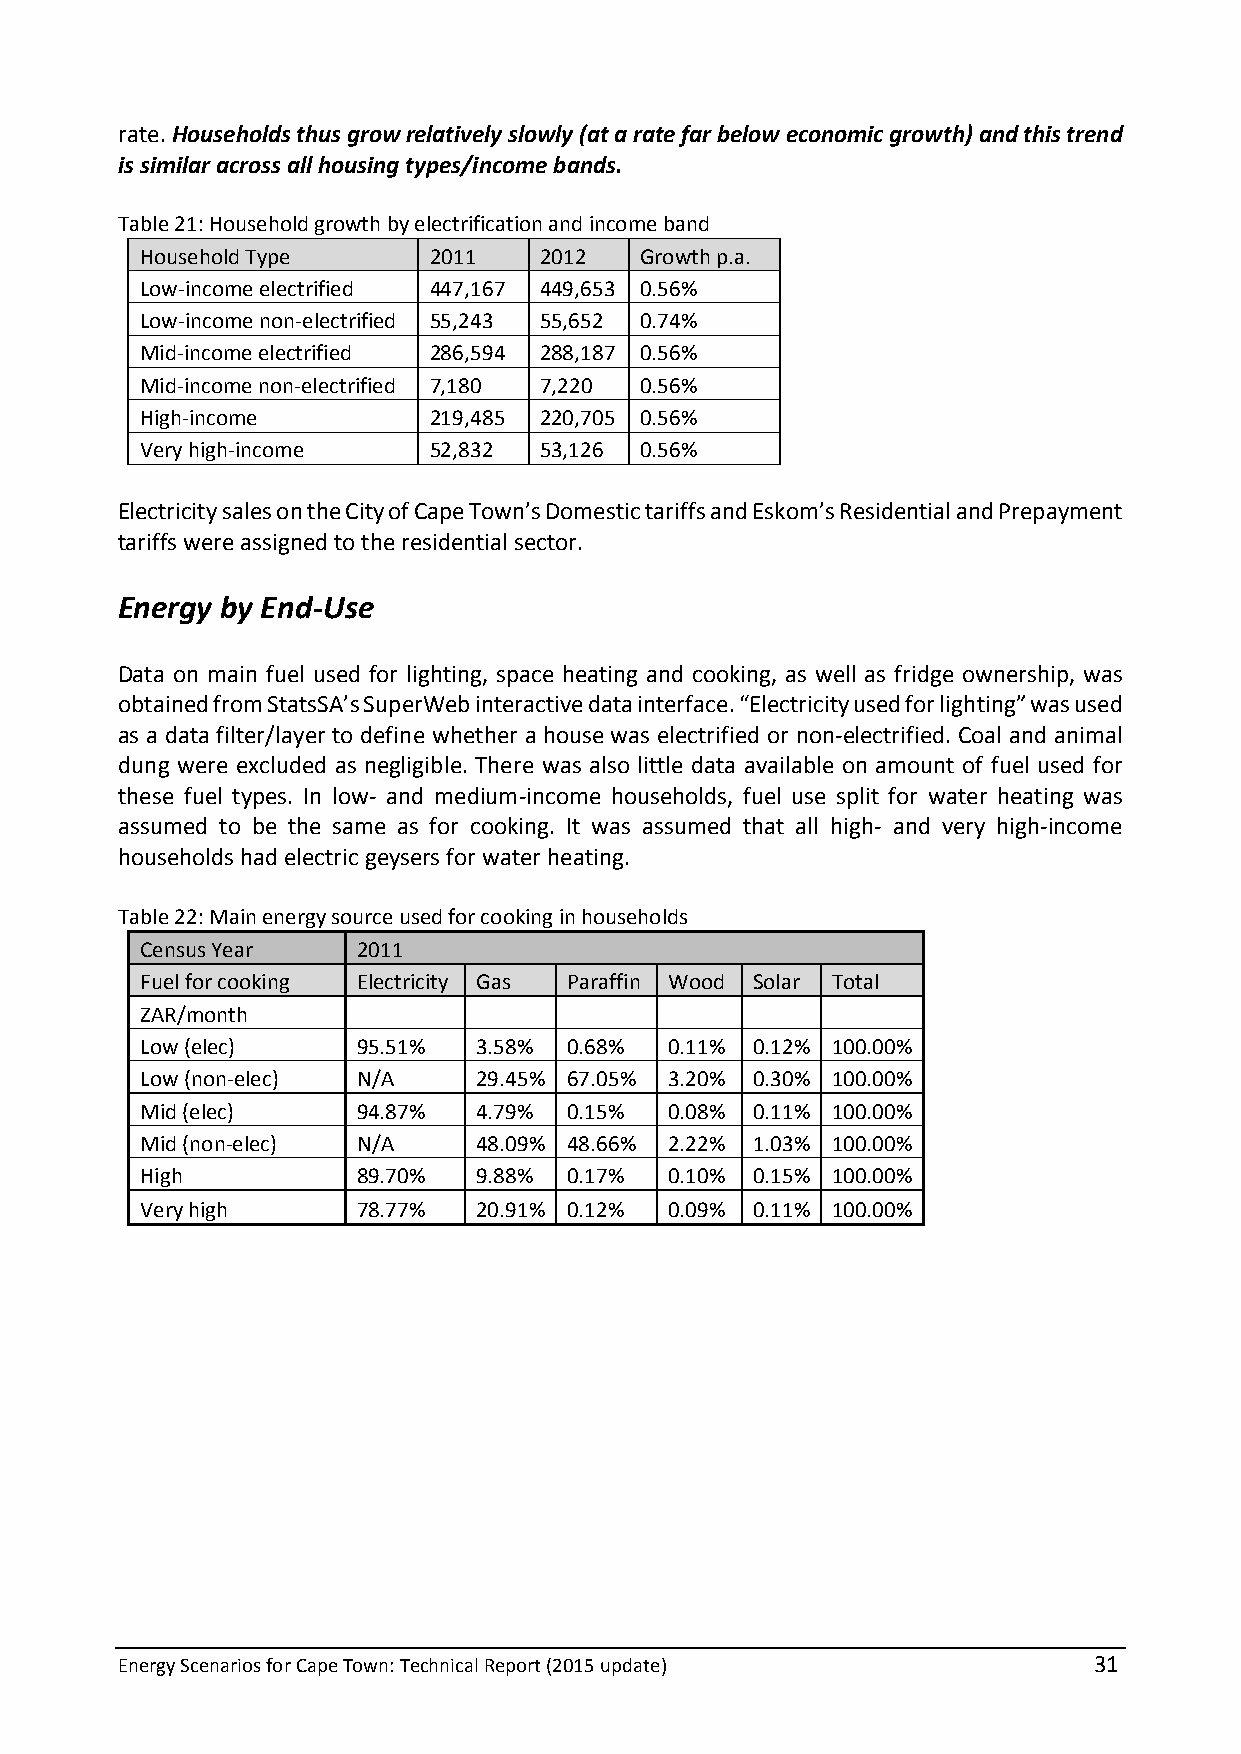
rate. Households thus grow relatively slowly (at a rate far below economic growth) and this trend
 is similar across all housing types/income bands.
 Table 21: Household growth by electrification and income band
 Household Type     2011    2012  Growth p.a.
 Low-income electrified 447,167 449,653 0.56%
 Low-income non-electrified 55,243 55,652 0.74%
 Mid-income electrified 286,594 288,187 0.56%
 Mid-income non-electrified 7,180 7,220 0.56%
 High-income        219,485 220,705 0.56%
 Very high-income   52,832  53,126 0.56%
 Electricity sales on the City of Cape Town’s Domestic tariffs and Eskom’s Residential and Prepayment
 tariffs were assigned to the residential sector.
 Energy by End-Use
 Data on main fuel used for lighting, space heating and cooking, as well as fridge ownership, was
 obtained from StatsSA’s SuperWeb interactive data interface. “Electricity used for lighting” was used
 as a data filter/layer to define whether a house was electrified or non-electrified. Coal and animal
 dung were excluded as negligible. There was also little data available on amount of fuel used for
 these fuel types. In low- and medium-income households, fuel use split for water heating was
 assumed to be the same as for cooking. It was assumed that all high- and very high-income
 households had electric geysers for water heating.
 Table 22: Main energy source used for cooking in households
 Census Year    2011
 Fuel for cooking Electricity Gas Paraffin Wood Solar Total
 ZAR/month
 Low (elec)     95.51%  3.58% 0.68% 0.11% 0.12% 100.00%
 Low (non-elec) N/A     29.45% 67.05% 3.20% 0.30% 100.00%
 Mid (elec)     94.87%  4.79% 0.15% 0.08% 0.11% 100.00%
 Mid (non-elec) N/A     48.09% 48.66% 2.22% 1.03% 100.00%
 High           89.70%  9.88% 0.17% 0.10% 0.15% 100.00%
 Very high      78.77%  20.91% 0.12% 0.09% 0.11% 100.00%
 Energy Scenarios for Cape Town: Technical Report (2015 update)  31